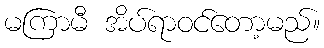
မကြာမီ အိပ်ရာဝင်တော့မည်။